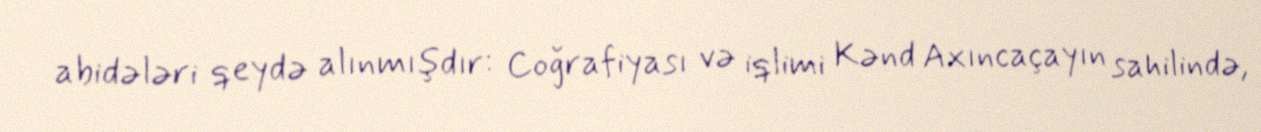
abidələri qeydə alınmışdır: Coğrafiyası və iqlimi Kənd Axıncaçayın sahilində,